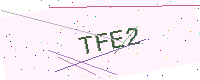
Text: TFE2